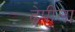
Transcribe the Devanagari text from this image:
ढेपीला